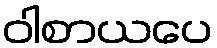
ဝါစာယပေ